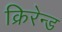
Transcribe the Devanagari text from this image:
क्रिरेन्ड